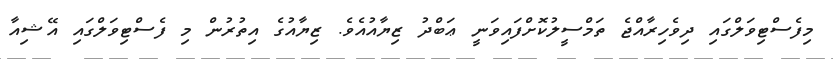
މިފެސްޓިވަލްގައި ދިވެހިރާއްޖެ ތަމްސީލުކޮށްފައިވަނީ ޢަބްދު ޒިޔާއުއެވެ. ޒިޔާއުގެ އިތުރުން މި ފެސްޓިވަލްގައި އޭޝިއާ